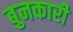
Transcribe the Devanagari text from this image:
बुनकारी